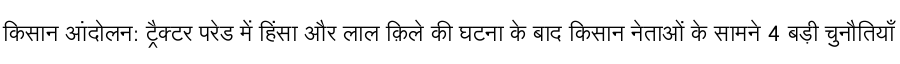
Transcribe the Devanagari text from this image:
किसान आंदोलन: ट्रैक्टर परेड में हिंसा और लाल क़िले की घटना के बाद किसान नेताओं के सामने 4 बड़ी चुनौतियाँ